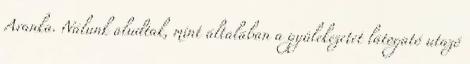
Aranka. Nálunk aludtak, mint általában a gyülekezetet látogató utazó